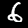
Digit: 6